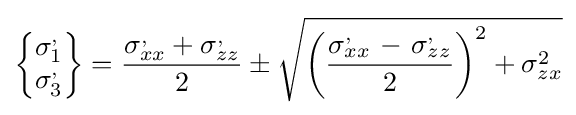
\left\{{\begin{matrix}\sigma _{1}^{,}\\\sigma _{3}^{,}\\\end{matrix}}\right\}={\frac {\sigma _{xx}^{,}+\sigma _{zz}^{,}}{2}}\pm {\sqrt {\left({\frac {\sigma _{xx}^{,}{\ -\ \sigma }_{zz}^{,}}{2}}\right)^{2}+\sigma _{zx}^{2}}}